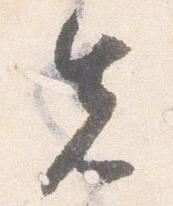
先